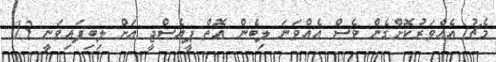
މެޗު އެއްވަރުކޮށްގެން ވެސް އެއްވަނަ ލިބެން އޮތް ޕީއެސްޖީ އަށް ލިބިފައިވަނީ 13